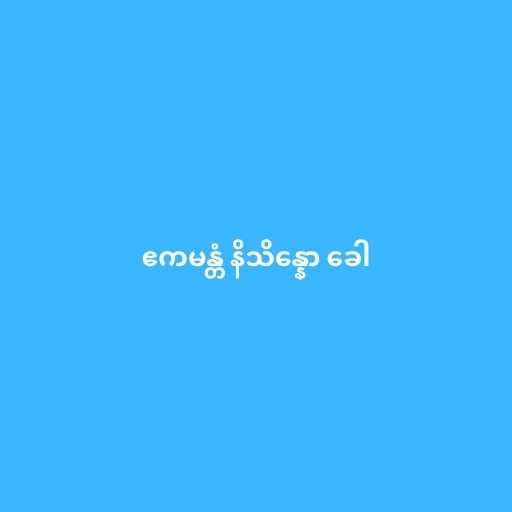
ဧကမန္တံ နိသိန္နော ခေါ